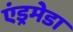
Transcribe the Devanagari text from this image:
एंड्रमेडा